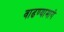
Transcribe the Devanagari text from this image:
वाढण्यामागे